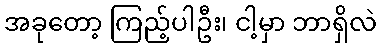
အခုတော့ ကြည့်ပါဦး၊ ငါ့မှာ ဘာရှိလဲ